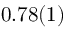
0 . 7 8 ( 1 )